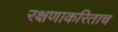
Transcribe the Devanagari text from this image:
रक्षणाकरिताच